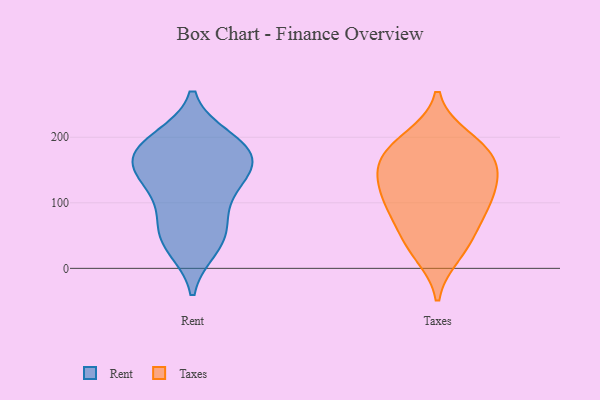
{"axis": {"x": "Population (Million)", "y": "Value"}, "legend": ["Rent", "Taxes"], "data": [{"x": "", "y": 155, "type": "Rent"}, {"x": "", "y": 42, "type": "Rent"}, {"x": "", "y": 115, "type": "Rent"}, {"x": "", "y": 56, "type": "Rent"}, {"x": "", "y": 136, "type": "Rent"}, {"x": "", "y": 196, "type": "Rent"}, {"x": "", "y": 186, "type": "Rent"}, {"x": "", "y": 33, "type": "Rent"}, {"x": "", "y": 77, "type": "Rent"}, {"x": "", "y": 165, "type": "Rent"}, {"x": "", "y": 185, "type": "Rent"}, {"x": "", "y": 138, "type": "Rent"}, {"x": "", "y": 179, "type": "Rent"}, {"x": "", "y": 106, "type": "Taxes"}, {"x": "", "y": 175, "type": "Taxes"}, {"x": "", "y": 145, "type": "Taxes"}, {"x": "", "y": 94, "type": "Taxes"}, {"x": "", "y": 34, "type": "Taxes"}, {"x": "", "y": 56, "type": "Taxes"}, {"x": "", "y": 22, "type": "Taxes"}, {"x": "", "y": 191, "type": "Taxes"}, {"x": "", "y": 162, "type": "Taxes"}, {"x": "", "y": 131, "type": "Taxes"}, {"x": "", "y": 82, "type": "Taxes"}, {"x": "", "y": 162, "type": "Taxes"}, {"x": "", "y": 198, "type": "Taxes"}, {"x": "", "y": 115, "type": "Taxes"}]}